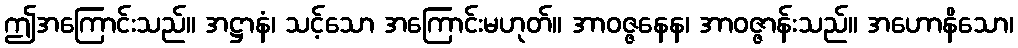
ဤအကြောင်းသည်။ အဋ္ဌာနံ၊ သင့်သော အကြောင်းမဟုတ်။ အာဝဇ္ဇနေန၊ အာဝဇ္ဇာန်းသည်။ အဟောနိသော၊